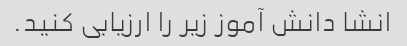
انشا دانش آموز زیر را ارزیابی کنید.